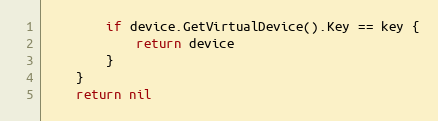
Language: Go
		if device.GetVirtualDevice().Key == key {
			return device
		}
	}
	return nil